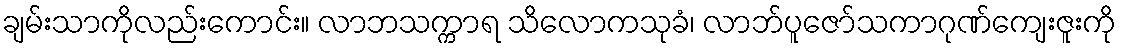
ချမ်းသာကိုလည်းကောင်း။ လာဘသက္ကာရ သိလောကသုခံ၊ လာဘ်ပူဇော်သကာဂုဏ်ကျေးဇူးကို